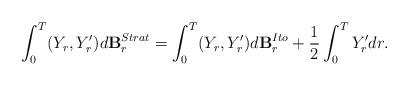
LaTeX: \begin{align*} \int_0^T (Y_r, Y_r')d\mathbf{B}_r^{Strat} = \int_0^T (Y_r, Y_r')d\mathbf{B}_r^{Ito} + \frac{1}{2}\int_0^T Y_r'dr.\end{align*}